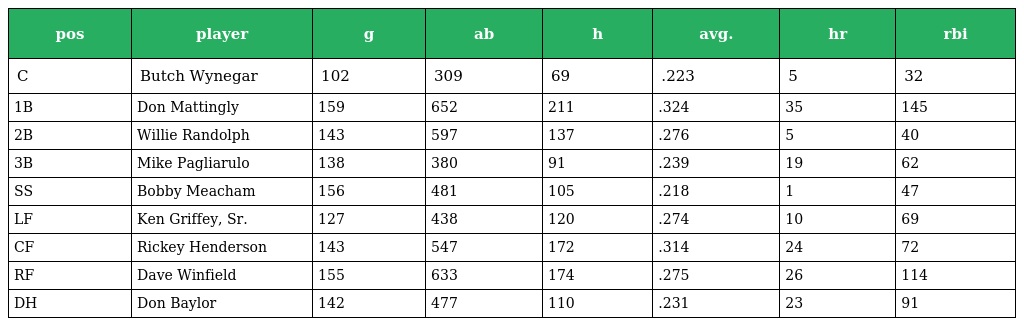
| pos | player | g | ab | h | avg. | hr | rbi |
 | --- | --- | --- | --- | --- | --- | --- | --- |
 | C | Butch Wynegar | 102 | 309 | 69 | .223 | 5 | 32 |
 | 1B | Don Mattingly | 159 | 652 | 211 | .324 | 35 | 145 |
 | 2B | Willie Randolph | 143 | 597 | 137 | .276 | 5 | 40 |
 | 3B | Mike Pagliarulo | 138 | 380 | 91 | .239 | 19 | 62 |
 | SS | Bobby Meacham | 156 | 481 | 105 | .218 | 1 | 47 |
 | LF | Ken Griffey, Sr. | 127 | 438 | 120 | .274 | 10 | 69 |
 | CF | Rickey Henderson | 143 | 547 | 172 | .314 | 24 | 72 |
 | RF | Dave Winfield | 155 | 633 | 174 | .275 | 26 | 114 |
 | DH | Don Baylor | 142 | 477 | 110 | .231 | 23 | 91 |